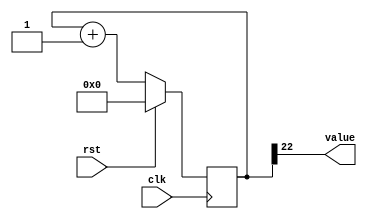
/*
   This file was generated automatically by Alchitry Labs version 1.2.7.
   Do not edit this file directly. Instead edit the original Lucid source.
   This is a temporary file and any changes made to it will be destroyed.
*/

/*
   Parameters:
     SIZE = 1
     DIV = 22
     TOP = 0
     UP = 1
*/
module counter_23 (
    input clk,
    input rst,
    output reg [0:0] value
  );
  
  localparam SIZE = 1'h1;
  localparam DIV = 5'h16;
  localparam TOP = 1'h0;
  localparam UP = 1'h1;
  
  
  reg [22:0] M_ctr_d, M_ctr_q = 1'h0;
  
  localparam MAX_VALUE = 23'h3fffff;
  
  always @* begin
    M_ctr_d = M_ctr_q;
    
    value = M_ctr_q[22+0-:1];
    if (1'h1) begin
      M_ctr_d = M_ctr_q + 1'h1;
      if (1'h0 && M_ctr_q == 23'h3fffff) begin
        M_ctr_d = 1'h0;
      end
    end else begin
      M_ctr_d = M_ctr_q - 1'h1;
      if (1'h0 && M_ctr_q == 1'h0) begin
        M_ctr_d = 23'h3fffff;
      end
    end
  end
  
  always @(posedge clk) begin
    if (rst == 1'b1) begin
      M_ctr_q <= 1'h0;
    end else begin
      M_ctr_q <= M_ctr_d;
    end
  end
  
endmodule